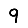
Digit: 9